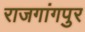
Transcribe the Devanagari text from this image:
राजगांगपुर